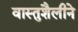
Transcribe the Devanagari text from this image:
वास्तुशैलीने